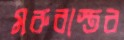
মরুবাস্তব